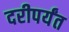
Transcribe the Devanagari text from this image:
दरीपर्यंत